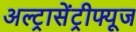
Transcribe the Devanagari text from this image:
अल्ट्रासेंट्रीफ्यूज